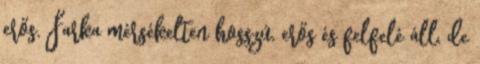
erős. Farka mérsékelten hosszú, erős és felfelé áll, de